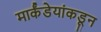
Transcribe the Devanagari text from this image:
मार्कंडेयांकडून